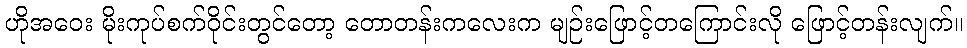
ဟိုအဝေး မိုးကုပ်စက်ဝိုင်းတွင်တော့ တောတန်းကလေးက မျဉ်းဖြောင့်တကြောင်းလို ဖြောင့်တန်းလျက်။